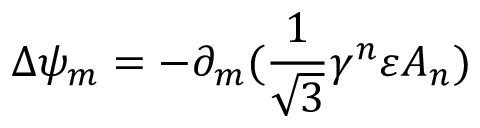
\Delta \psi _ { m } = - \partial _ { m } ( \frac { 1 } { \sqrt { 3 } } \gamma ^ { n } \varepsilon A _ { n } )